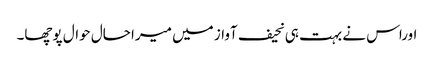
اوراس نے بہت ہی نحیف آواز میں میرا حال حوال پوچھا۔